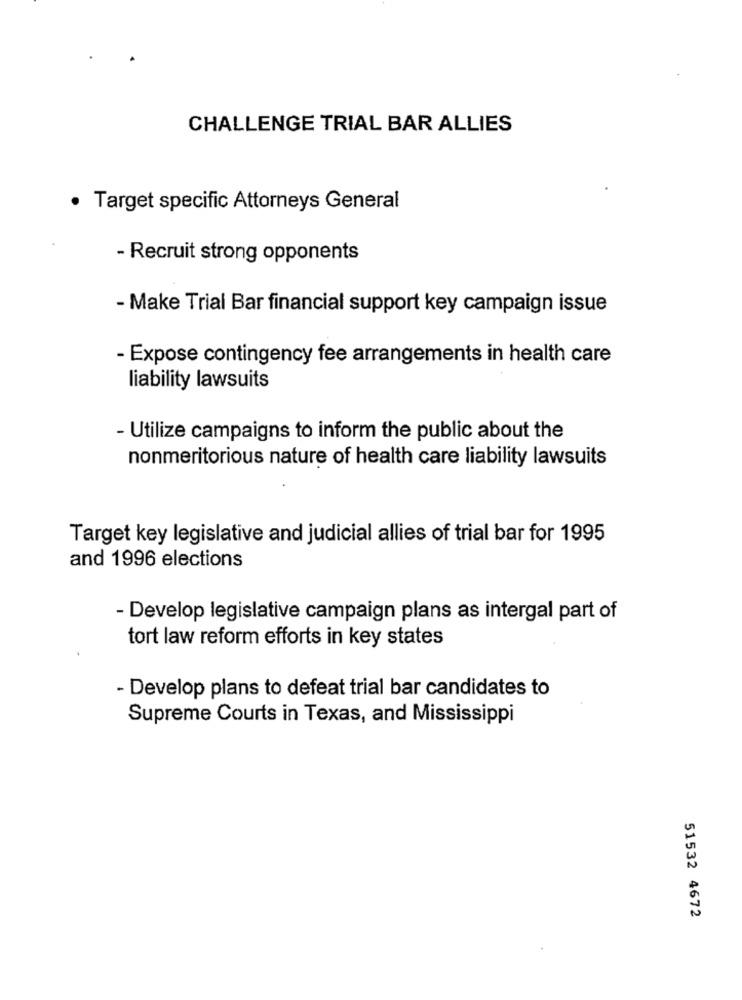
CHALLENGE TRIAL BAR ALLIES
· Target specific Attorneys General
- Recruit strong opponents
- Make Trial Bar financial support key campaign issue
- Expose contingency fee arrangements in health care
liability lawsuits
- Utilize campaigns to inform the public about the
nonmeritorious nature of health care liability lawsuits
Target key legislative and judicial allies of trial bar for 1995
and 1996 elections
- Develop legislative campaign plans as intergal part of
tort law reform efforts in key states
- Develop plans to defeat trial bar candidates to
Supreme Courts in Texas, and Mississippi
51532 4672